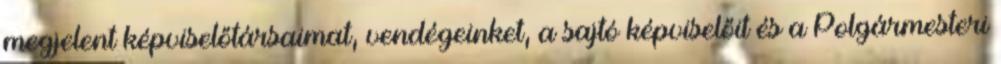
megjelent képviselőtársaimat, vendégeinket, a sajtó képviselőit és a Polgármesteri